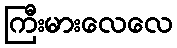
ကြီးမားလေလေ